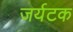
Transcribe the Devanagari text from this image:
जर्यटक